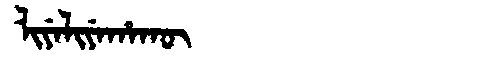
Manchu: ᠯᡳᠶᡝᠯᡳᠶᡝᡥᠠᡴᡡ
Romanization: LIYELIYEHAKŪ